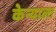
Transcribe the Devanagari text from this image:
केन्याला